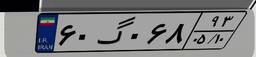
۶۰گ۰۶۸۹۳